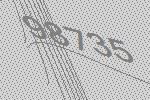
98735